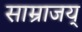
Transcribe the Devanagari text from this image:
साम्राजय्